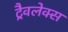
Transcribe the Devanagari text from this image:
ट्रैवलेक्स